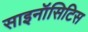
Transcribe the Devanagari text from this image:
साइनॉसिटिस